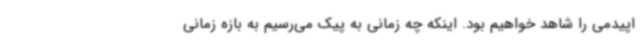
اپیدمی را شاهد خواهیم بود. اینکه چه زمانی به پیک می‌رسیم به بازه زمانی